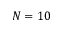
N = 1 0